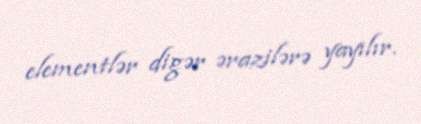
elementlər digər ərazilərə yayılır.